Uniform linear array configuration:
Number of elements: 12
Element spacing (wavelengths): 0.25
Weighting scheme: blackman
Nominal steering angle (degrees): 15
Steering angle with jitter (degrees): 15.676
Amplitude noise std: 0.05
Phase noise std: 0.05

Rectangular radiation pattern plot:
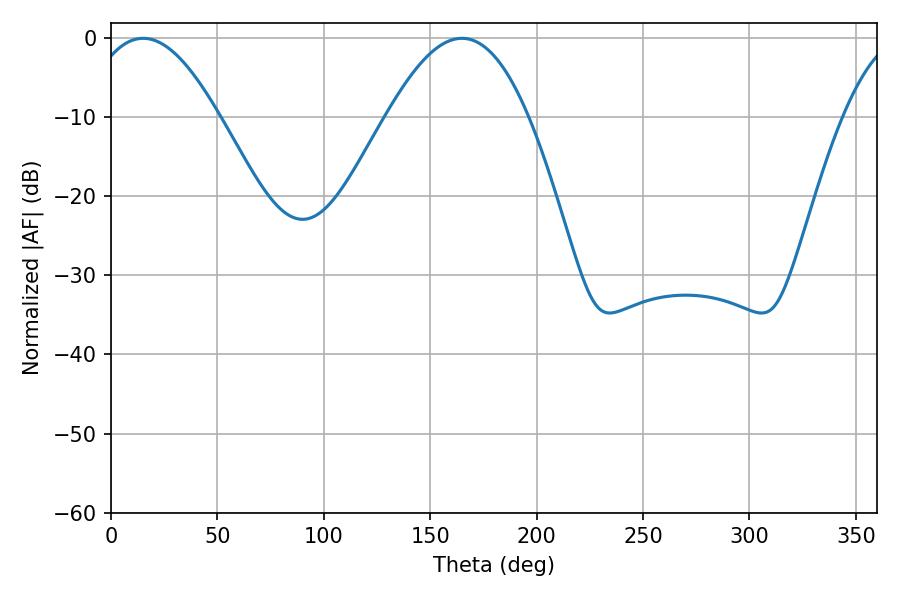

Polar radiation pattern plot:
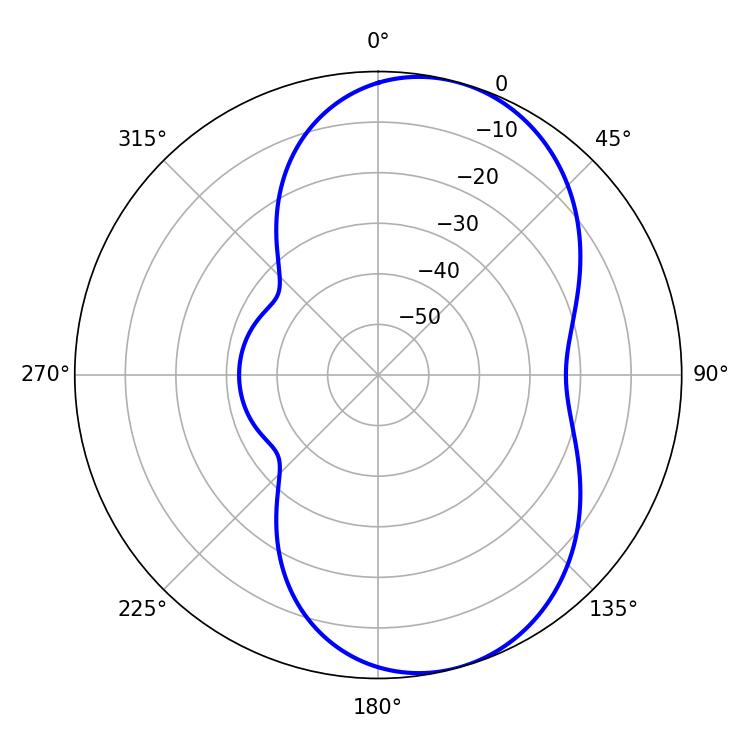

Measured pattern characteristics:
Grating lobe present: FALSE
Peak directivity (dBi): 7.177
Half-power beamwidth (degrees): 33.84
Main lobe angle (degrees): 15.12